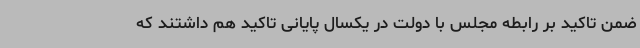
ضمن تاکید بر رابطه مجلس با دولت در یکسال پایانی تاکید هم داشتند که